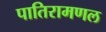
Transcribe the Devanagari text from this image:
पातिरामणल